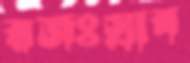
রজঃস্রাব